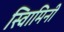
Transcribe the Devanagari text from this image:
स्वािमिनी